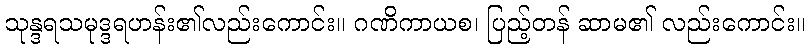
သုန္ဒရသမုဒ္ဒရဟန်း၏လည်းကောင်း။ ဂဏိကာယစ၊ ပြည့်တန် ဆာမ၏ လည်းကောင်း။